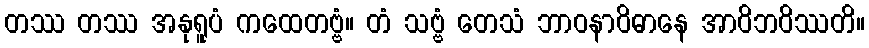
တဿ တဿ အနုရူပံ ကထေတဗ္ဗံ။ တံ သဗ္ဗံ တေသံ ဘာဝနာဝိဓာနေ အာဝိဘဝိဿတိ။